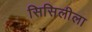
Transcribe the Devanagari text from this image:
सिसिलीला